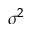
\sigma ^ { 2 }